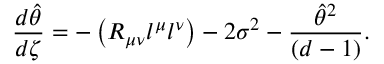
{ \frac { d \hat { \theta } } { d \zeta } } = - \left( R _ { \mu \nu } l ^ { \mu } l ^ { \nu } \right) - 2 \sigma ^ { 2 } - { \frac { { \hat { \theta } } ^ { 2 } } { ( d - 1 ) } } .